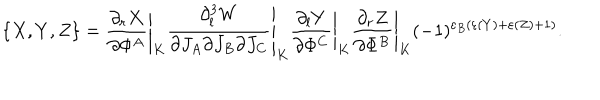
LaTeX: \{ X , Y , Z \} = \left. { \frac { \partial _ { r } X } { \partial \Phi ^ { A } } } \right| _ { K } \left. { \frac { \partial _ { l } ^ { 3 } W } { \partial J _ { A } \partial J _ { B } \partial J _ { C } } } \right| _ { K } \left. { \frac { \partial _ { l } Y } { \partial \Phi ^ { C } } } \right| _ { K } \left. { \frac { \partial _ { r } Z } { \partial \Phi ^ { B } } } \right| _ { K } ( - 1 ) ^ { \varepsilon _ { B } ( \varepsilon ( Y ) + \varepsilon ( Z ) + 1 ) } .